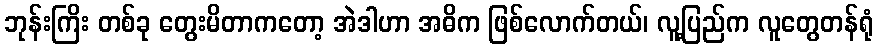
ဘုန်းကြိး တစ်ခု တွေးမိတာကတော့ အဲဒါဟာ အဓိက ဖြစ်လောက်တယ်၊ လူ့ပြည်က လူတွေတန်ရုံ